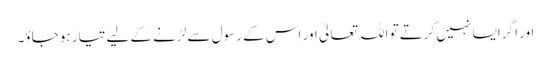
اور اگر ایسا نہیں کرتے تو اللہ تعالیٰ اور اس کے رسول سے لڑنے کے لیے تیار ہو جاؤ۔